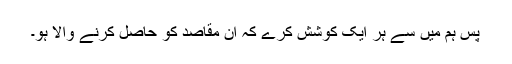
پس ہم میں سے ہر ایک کوشش کرے کہ ان مقاصد کو حاصل کرنے والا ہو۔